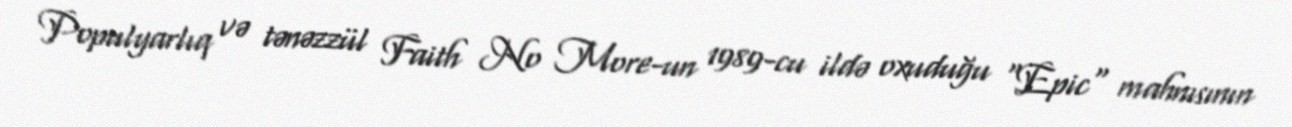
Populyarlıq və tənəzzül Faith No More-un 1989-cu ildə oxuduğu "Epic" mahnısının